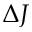
\Delta J